Civil Veterinary Department. Central Provinces & Berar 1932-41 - 1932-1941
Year: 1932
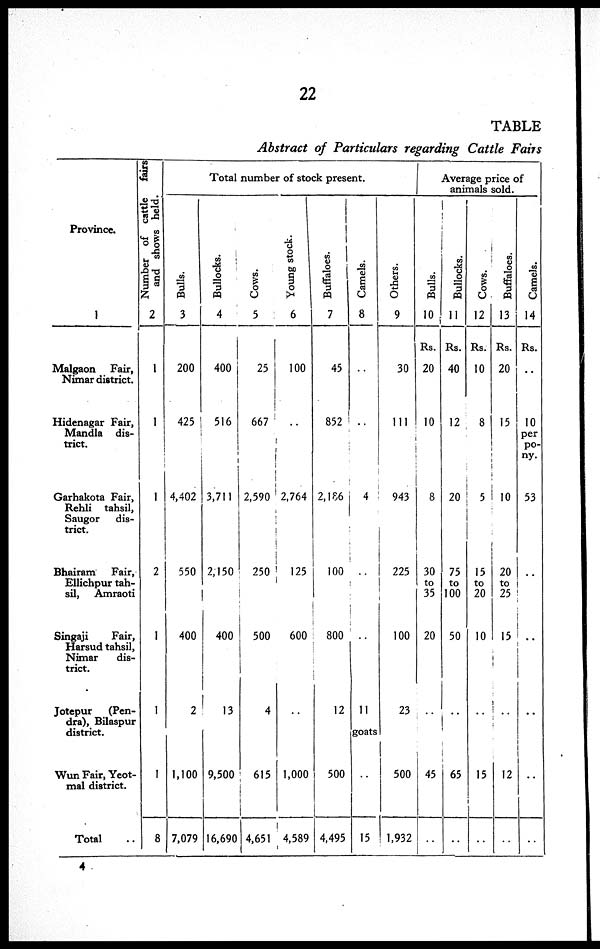
22
TABLE
Abstract of Particulars regarding Cattle Fairs
Province.
1
Malgaon Fair,
Nimar district.
Hidenagar Fair,
Mandla dis-
trict.
Garhakota Fair,
Rehli tahsil,
Saugor
dis-
trict.
Bhairam
Fair,
Ellichpur tah-
sil, Amraoti
Singaji
Fair,
Harsud tahsil,
Nimar
dis-
trict.
Jotepur
(Pen¬
dra), Bilaspur
district.
Wun Fair, Yeot¬
mal district.
Total ..
Number of cattle
fairs
and shows held.
2
1
1
1
2
1
1
1
8
Total number of stock present.
Bulls.
3
200
425
4,402
550
400
2
1,100
7,079
Bullocks.
4
400
516
3,711
2,150
400
13
9,500
16,690
Cows.
5
25
667
2,590
250
500
4
615
4,651
Young stock.
6
100
..
2,764
125
600
..
1,000
4,589
Buffaloes.
7
45
852
2,186
100
800
12
500
4,495
Camels.
8
..
..
4
..
..
11
goats
..
15
Others.
9
30
111
943
225
100
23
500
1,932
Average price of
animals sold.
Bulls.
10
Rs.
20
10
8
30
to
35
20
..
45
..
Bullocks.
11
Rs.
40
12
20
75
to
100
50
..
65
..
Cows.
12
Rs.
10
8
5
15
to
20
10
..
15
..
Buffaloes.
13
Rs.
20
15
10
20
to
25
15
..
12
..
Camels.
14
Rs.
..
10
per
po-
ny.
53
..
..
..
..
..
4